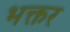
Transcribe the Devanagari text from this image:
भक्तर